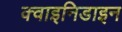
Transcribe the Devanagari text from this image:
क्वाइनिडाइन